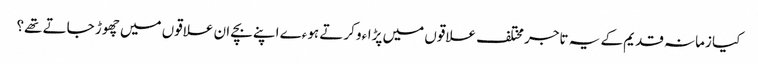
کیا زمانہ قدیم کے یہ تاجر مختلف علاقوں میں پڑاءو کرتے ہوءے اپنے بچے ان علاقوں میں چھوڑ جاتے تھے؟